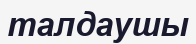
талдаушы